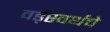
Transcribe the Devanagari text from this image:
वर्ड्‌स्वर्थचे